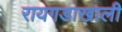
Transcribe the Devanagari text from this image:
रायगडाखाली